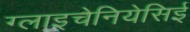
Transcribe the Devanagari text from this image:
ग्लाइचेनियेसिई